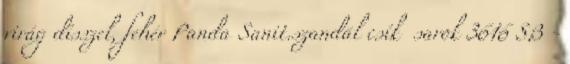
virág dísszel, fehér Panda Sanit.szandál csík sarok 3616 SB -